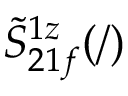
\tilde { S } _ { 2 1 f } ^ { 1 z } ( / )